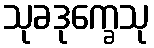
သုခဒုက္ခေသု